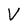
Character: V